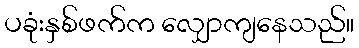
ပခုံးနှစ်ဖက်က လျှောကျနေသည်။